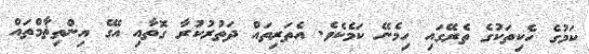
ކަމުގެ ހެކިތަކުގެ ތެރޭގައި ހިމެނޭ ކަމެކެވެ. އެތަރިތައް ދަތުރުކުރާ ގޮތާއި އޭގެ އިންތިޡާމްތައް